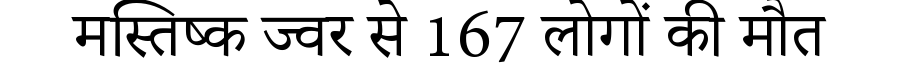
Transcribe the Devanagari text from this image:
मस्तिष्क ज्वर से 167 लोगों की मौत